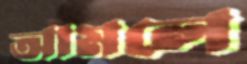
আমলে